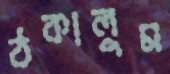
ঠকালুম